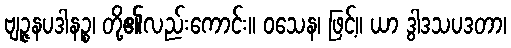
ဗျဉ္ဇနပဒါနဉ္စ၊ တို့၏လည်းကောင်း။ ဝသေန၊ ဖြင့်။ ယာ ဒွါဒသပဒတာ၊